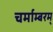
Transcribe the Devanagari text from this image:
चर्माम्बरम्